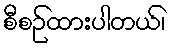
စီစဉ်ထားပါတယ်၊